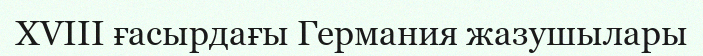
XVIII ғасырдағы Германия жазушылары